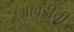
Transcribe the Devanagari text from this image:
आवडी्ची